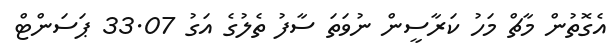
އެގޮތުން މާޗް މަހު ކަރާސީން ނުވަތަ ސާފު ތެލުގެ އަގު 33.07 ޕަސަންޓް